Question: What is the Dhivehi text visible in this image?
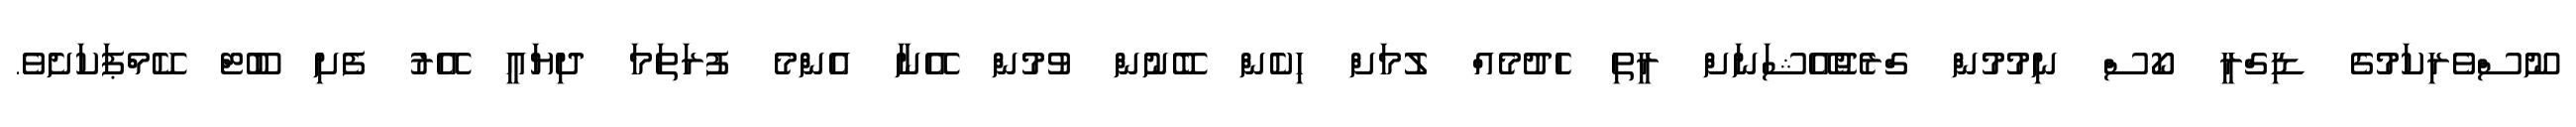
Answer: ނޫސްވެރިކަމުގެ ޑިގްރީ ކޯސް ނިމުމުން ގްރެޖުއޭޝަނަށް ރީތި ހެދުމެއް ލުމަށް ހިކެން ބޭނުން ވުމުން އޭނާ އެންމެ ފުރަތަމަ ދިޔައީ އޭރު ފެށި ބޫޓް ކޭމްޕަކަށެވެ.